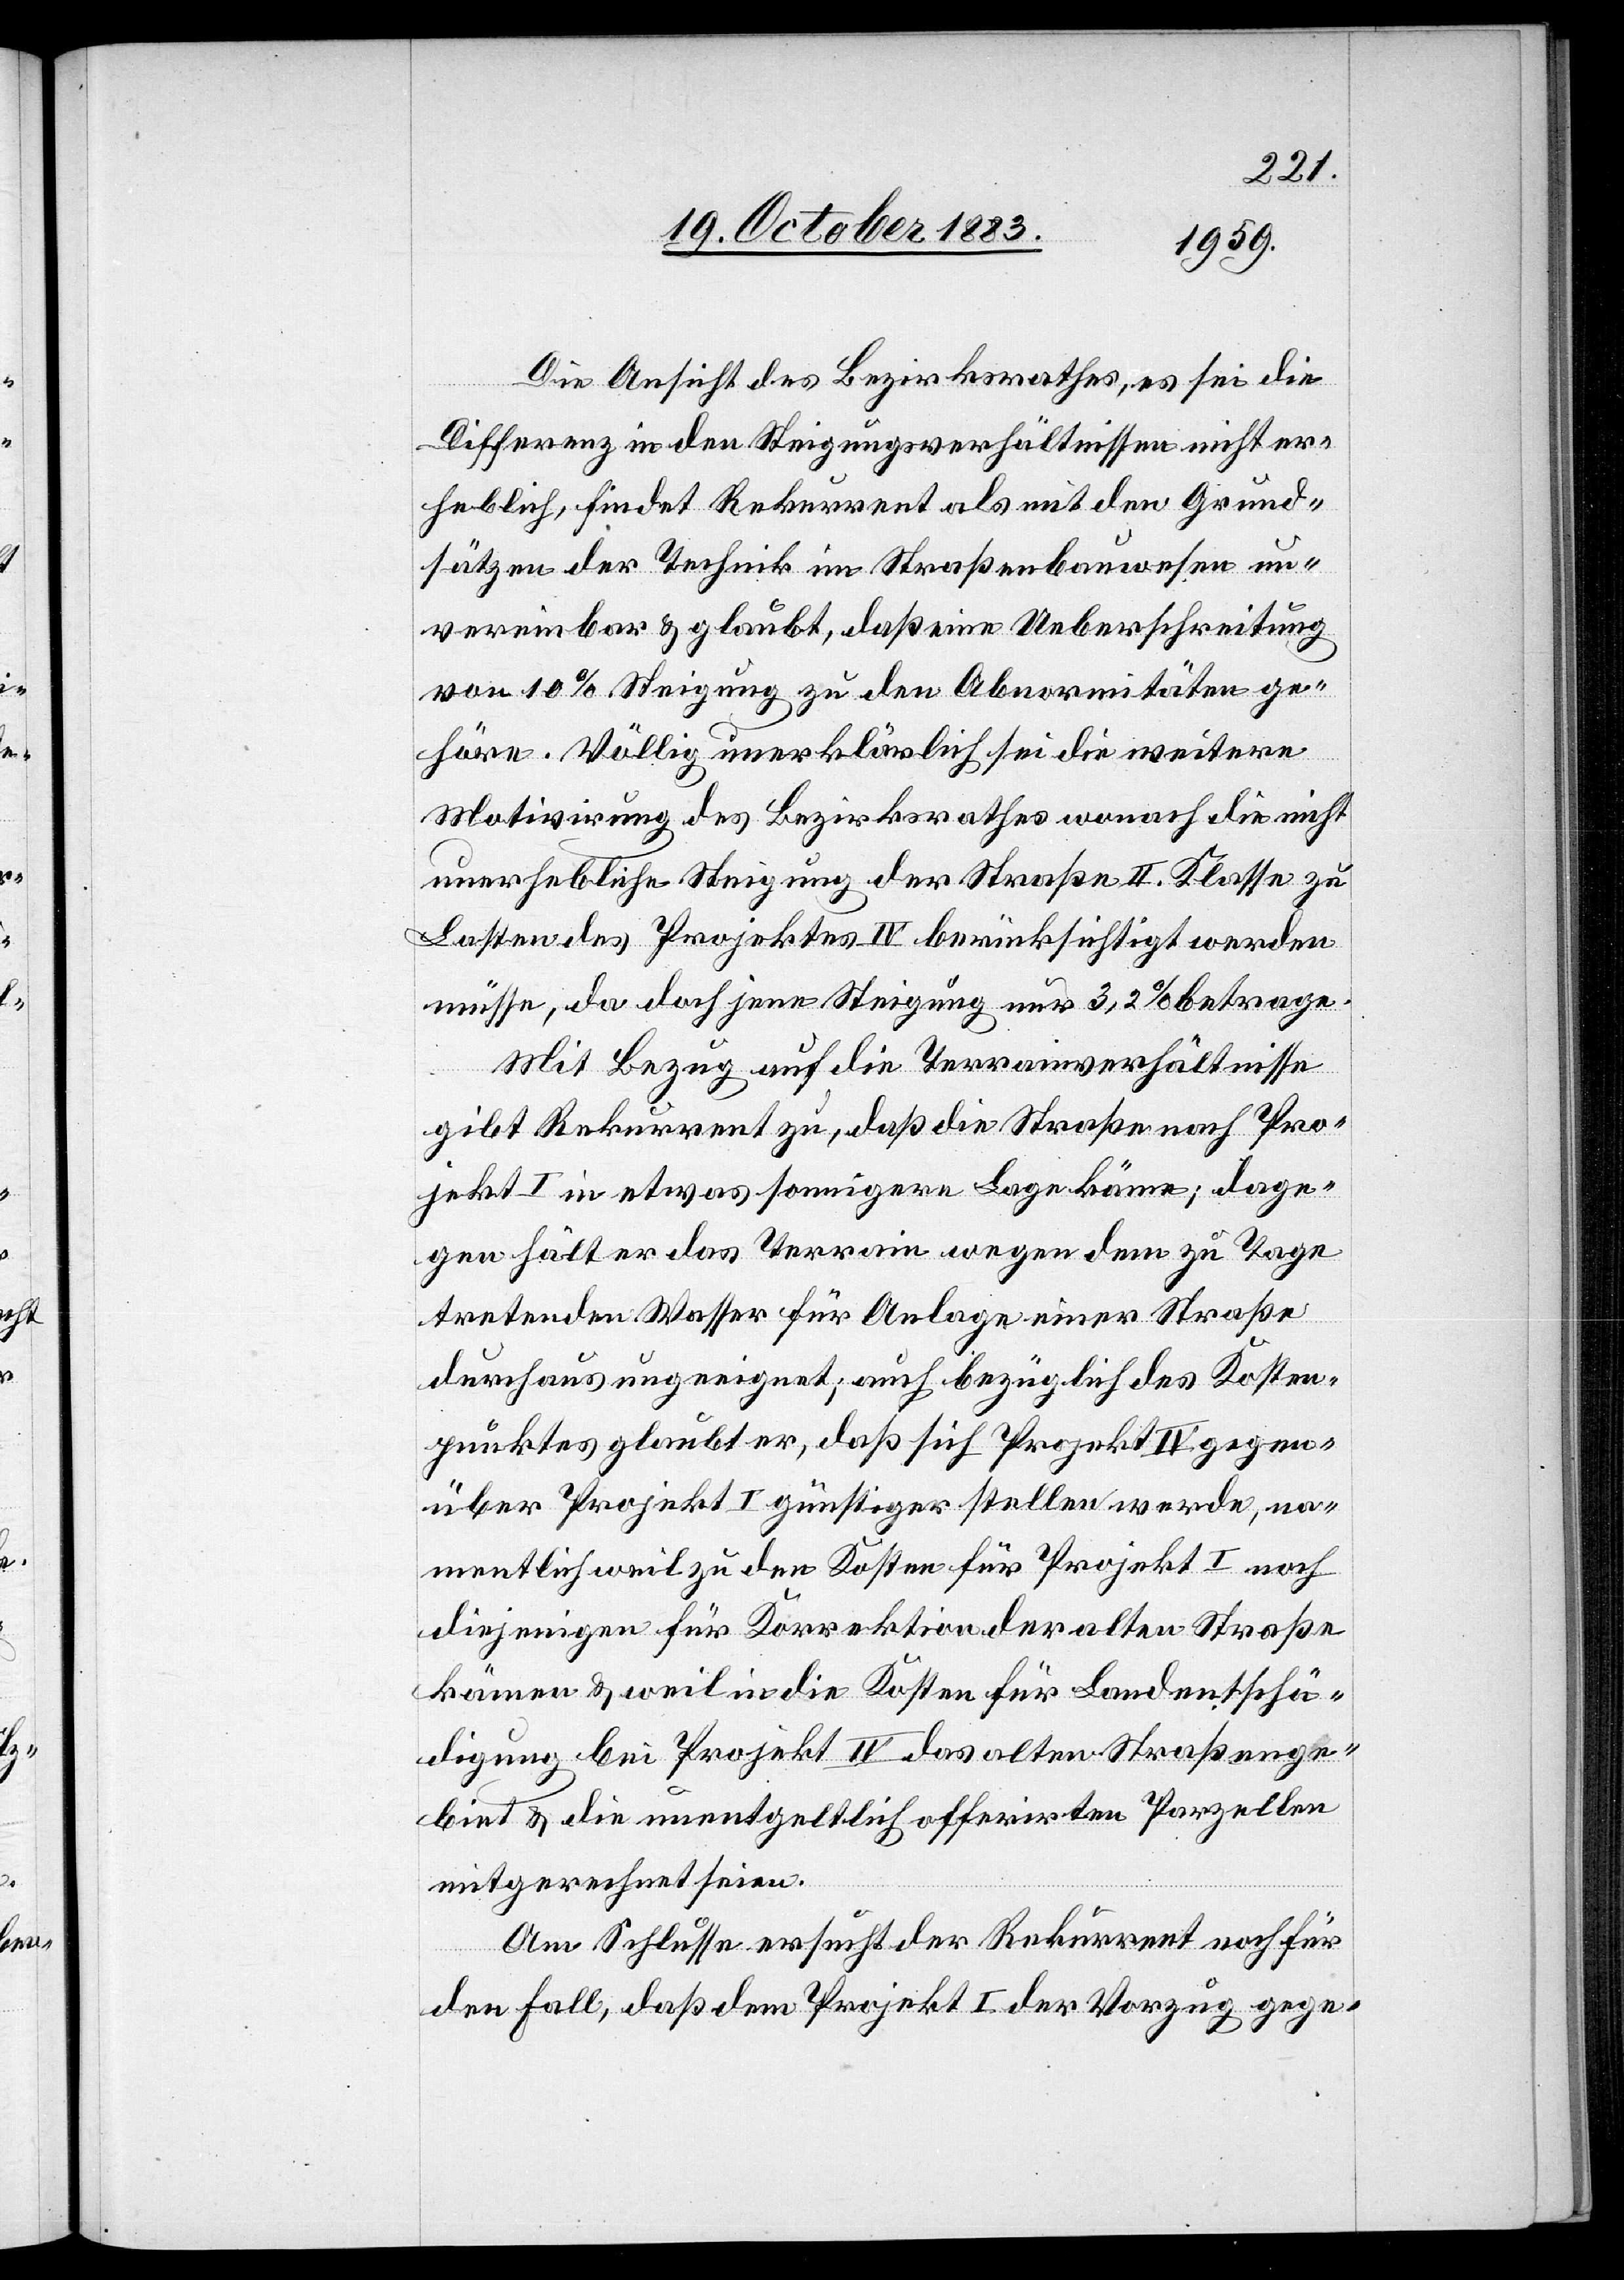
Die Ansicht des Bezirksrathes, es sei die
Differenz in den Steigungsverhältnissen nicht er¬
heblich, findet Rekurrent als mit den Grund¬
sätzen der Technik im Straßenbauwesen un¬
vereinbar & glaubt, daß eine Ueberschreitung
von 10% Steigung zu den Abnormitäten ge¬
höre. Völlig unerklärlich sei die weitere
Motivirung des Bezirksrathes wonach die nicht
unerhebliche Steigung der Straße II. Klasse zu
Lasten des Projektes IV berücksichtigt werden
müsse, da doch jene Steigung nur 3,2% betrage.
Mit Bezug auf die Terrainverhältnisse
enge¬
gibt Rekurrent zu, daß die Straße nach Pro¬
jekt I in etwas sonnigere Lage käme; dage¬
gen hält er das Terrain wegen dem zu Tage
tretenden Wasser für Anlage einer Straße
durchaus ungeeignet; auch bezüglich des Kosten¬
punktes glaubt er, daß sich Projekt IV gegen¬
über Projekt I günstiger stellen werde, na¬
mentlich weil zu den Kosten für Projekt I noch
diejenigen für Korrektion der alten Straße
kämen & weil in die Kosten für Landentschä¬
biet & die unentgeltlich offerierten Parzellen
mitgerechnet seien.
Am Schlusse ersucht der Rekurrent noch für
den Fall, daß dem Projekt I der Vorzug gege-